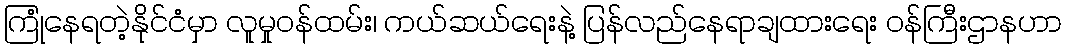
ကြုံနေရတဲ့နိုင်ငံမှာ လူမှုဝန်ထမ်း၊ ကယ်ဆယ်ရေးနဲ့ ပြန်လည်နေရာချထားရေး ဝန်ကြီးဌာနဟာ